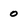
Character: o